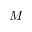
M